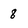
Character: 8